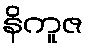
နိကူဇ